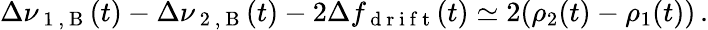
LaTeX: \Delta\nu_{\mathrm{~1~,~B~}}(t)-\Delta\nu_{\mathrm{~2~,~B~}}(t)-2\Delta f_{\mathrm{~d~r~i~f~t~}}(t)\simeq 2(\rho_{2}(t)-\rho_{1}(t))\, .